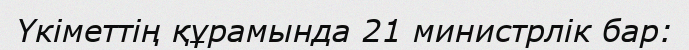
Үкіметтің құрамында 21 министрлік бар: